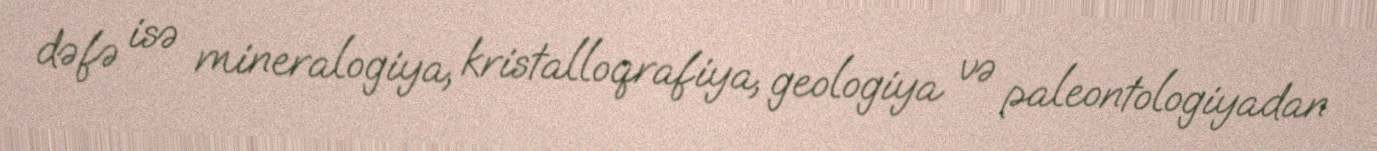
dəfə isə mineralogiya, kristalloqrafiya, geologiya və paleontologiyadan